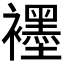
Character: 𬡶